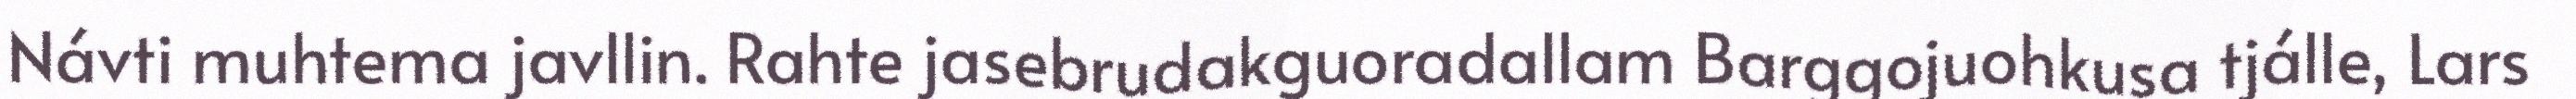
Návti muhtema javllin. Rahte jasebrudakguoradallam Barggojuohkusa tjálle, Lars